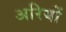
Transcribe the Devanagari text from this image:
अरियों